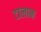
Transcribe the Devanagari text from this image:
टालान